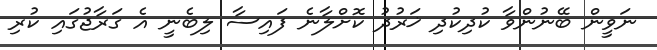
ނަވީން ބޭނުންވާ ކުދިކުދި ޚަރުދު ކޮށްލާނެ ފައިސާ ލިބެނީ އެ ގަރާޖުގައި ކުރި